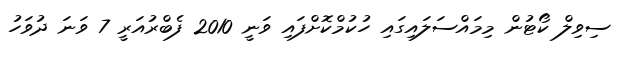
ސިވިލް ކޯޓުން މިމައްސަލައިގައި ހުކުމްކޮށްފައި ވަނީ 2010 ފެބްރުއަރީ 7 ވަނަ ދުވަހު